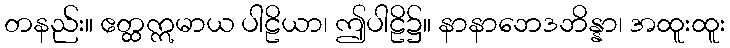
တနည်း။ ဧတ္ထဣမာယ ပါဠိယာ၊ ဤပါဠိ၌။ နာနာဘေဒဘိန္နာ၊ အထူးထူး